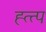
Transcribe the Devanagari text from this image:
ह्त्त्प